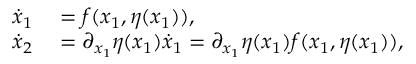
\begin{array} { r l } { \dot { x } _ { 1 } } & { { } = f ( x _ { 1 } , \eta ( x _ { 1 } ) ) , } \\ { \dot { x } _ { 2 } } & { { } = \partial _ { x _ { 1 } } \eta ( x _ { 1 } ) \dot { x } _ { 1 } = \partial _ { x _ { 1 } } \eta ( x _ { 1 } ) f ( x _ { 1 } , \eta ( x _ { 1 } ) ) , } \end{array}